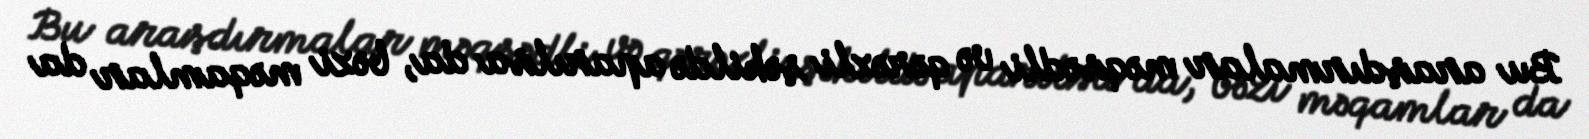
Bu araşdırmalar məqsədli və qərəzli şəkildə aparılsa da, bəzi məqamlar da